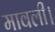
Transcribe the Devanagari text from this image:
मावली।